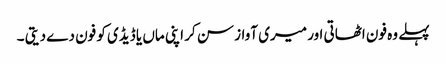
پہلے وہ فون اٹھاتی اور میری آواز سن کر اپنی ماں یا ڈیڈی کو فون دے دیتی ۔